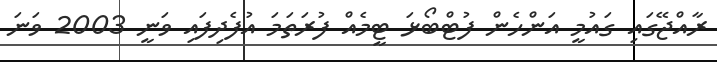
ރާއްޖޭގައި ގައުމީ އަންހެން ފުޓްބޯޅަ ޓީމެއް ފުރަތަމަ އުފެދިފައި ވަނީ 2003 ވަނަ